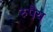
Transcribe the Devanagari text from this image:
रुपैय